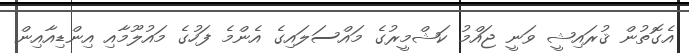
އެގޮތުން ޤުރައިޝީ ވަނީ ޖައްމު ކަޝްމީރުގެ މައްސަލައިގެ އެންމެ ފަހުގެ މައުލޫމާއި އިންޑިއާއިން